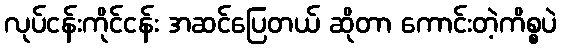
လုပ်ငန်းကိုင်ငန်း အဆင်ပြေတယ် ဆိုတာ ကောင်းတဲ့ကိစ္စပဲ